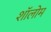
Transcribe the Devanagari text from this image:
शॉलोम